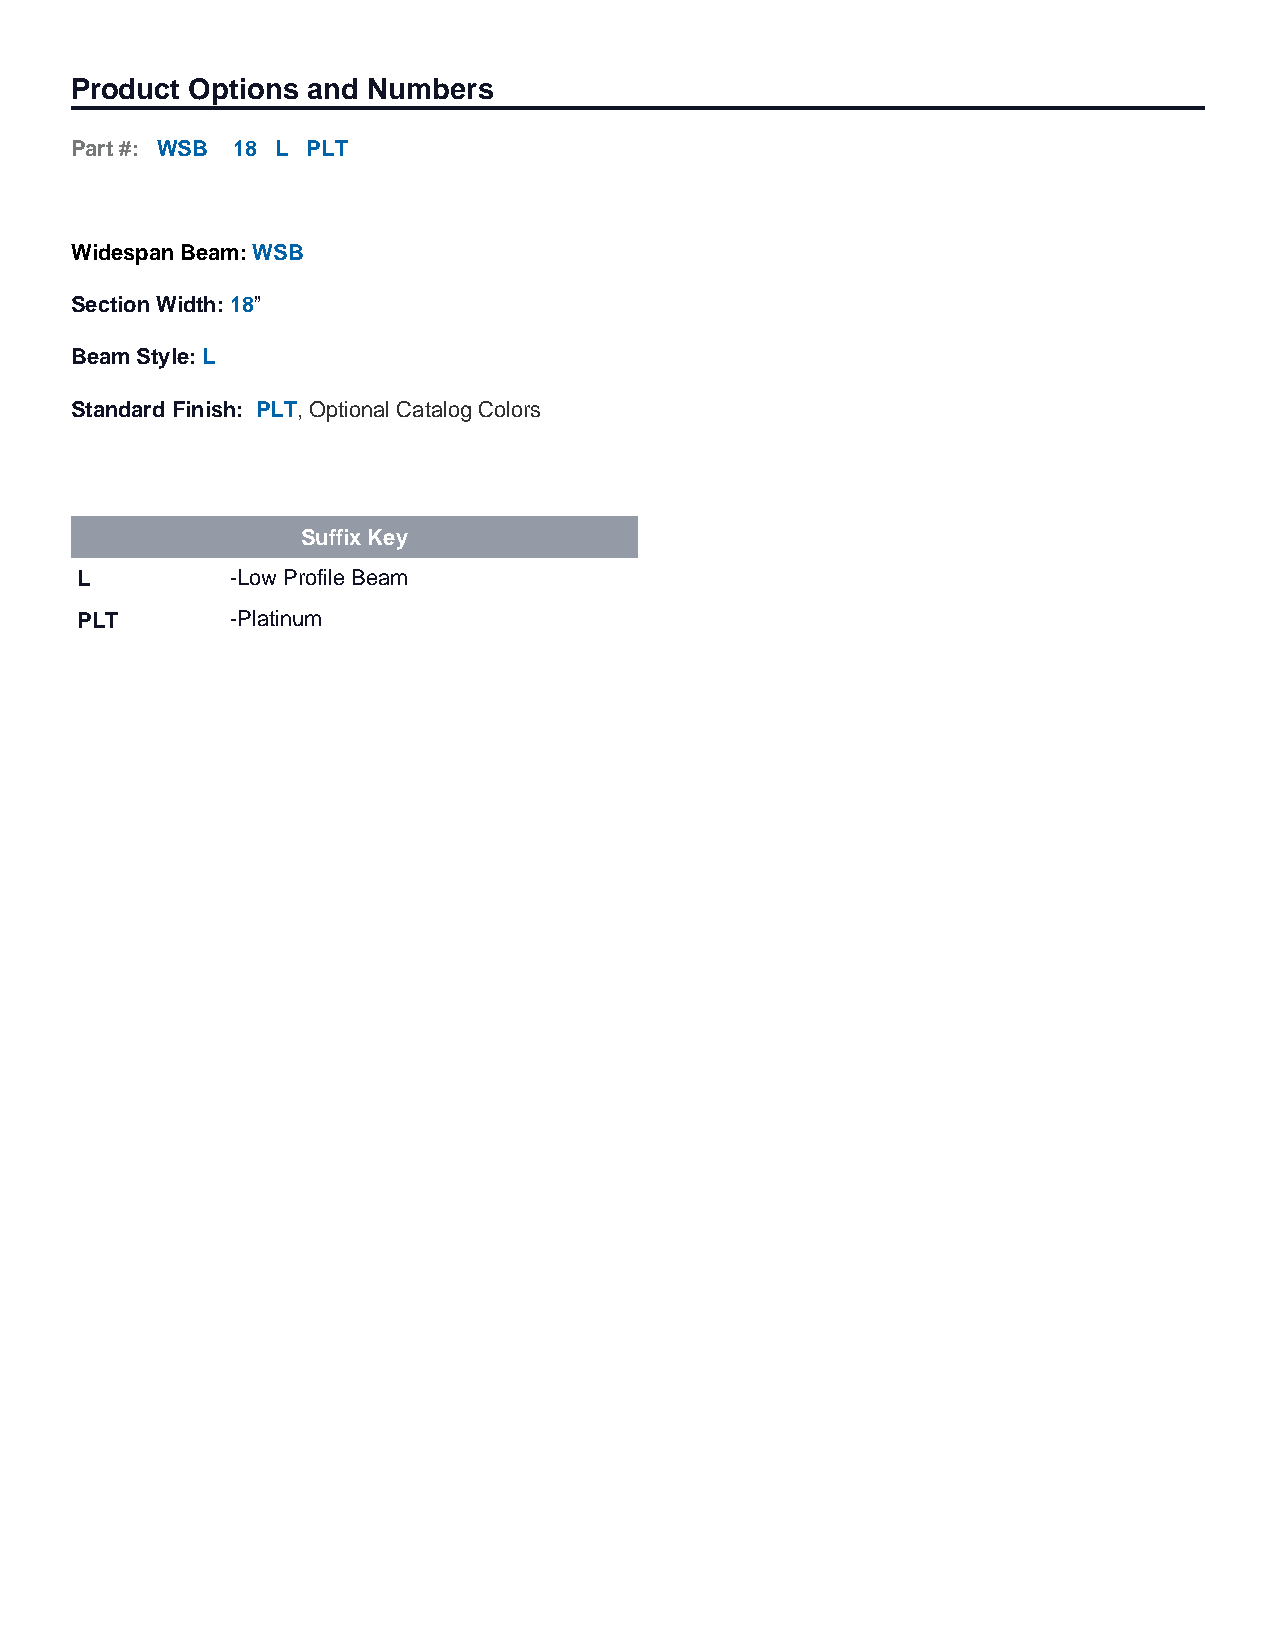
Product Options and Numbers
 Part #: WSB 18 L PLT
 Widespan Beam: WSB
 Section Width:18”
 Beam Style:L
 Standard Finish: PLT, Optional Catalog Colors
 Suffix Key
 L         -Low Profile Beam
 PLT       -Platinum